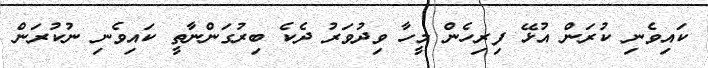
ކައިވެނި ކުރަން އުޅޭ ފިރިހެން މީހާ ވިދުވަރު ދެކެ ބިރުގަންނާތީ ކައިވެނި ނުކުރަން